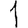
Digit: 1